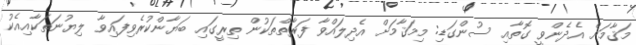
މަޤާމަށް އެދެންވީ ގޮތާއި ސުންގަޑި: މިމަޤާމަށް އެދިލައްވާ ފަރާތްތަކުން ތިރީގައި ބަޔާންކުރެވިފައިވާ ލިޔުނަތަކާއިއެކު